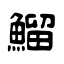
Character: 鰡